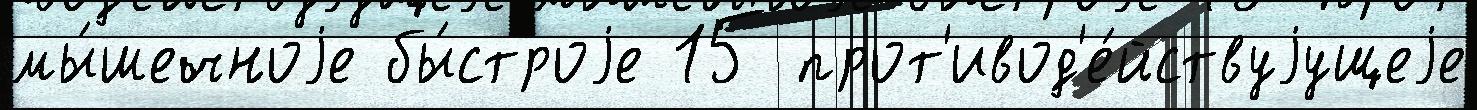
мы́шечноjе бы́строjе 15 прот'ивод'е́йствуjущеjе